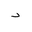
Letter: _dal